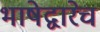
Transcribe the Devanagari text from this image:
भाषेद्वारेच